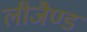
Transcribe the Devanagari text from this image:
लीजैण्ड